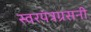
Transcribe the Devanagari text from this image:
स्वरयंत्रग्रसनी